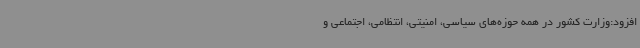
افزود:وزارت کشور در همه حوزه‌های سیاسی، امنیتی، انتظامی، اجتماعی و